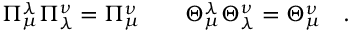
\Pi _ { \mu } ^ { \lambda } \Pi _ { \lambda } ^ { \nu } = \Pi { } _ { \mu } ^ { \nu } \qquad \Theta _ { \mu } ^ { \lambda } \Theta _ { \lambda } ^ { \nu } = \Theta { } _ { \mu } ^ { \nu } \quad .